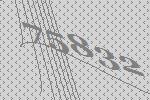
75832